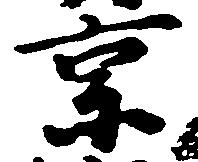
京